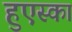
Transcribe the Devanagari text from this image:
हुएस्का